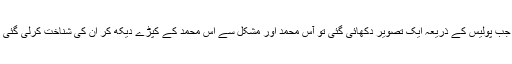
پھر جب پولیس کے ذریعہ ایک تصویر دکھائی گئی تو آس محمد اور مشکل سے آس محمد کے کپڑے دیکھ کر ان کی شناخت کرلی گئی ہے۔